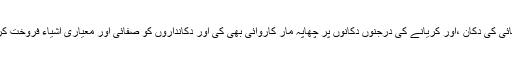
قائم مقام اسسٹنٹ کمشنر نے چھلت پائین مین مٹھائی کی دکان ،اور کریانے کی درجنوں دکانوں پر چھاپہ مار کاروائی بھی کی اور دکانداروں کو صفائی اور معیاری اشیاء فروخت کرنے کے حوالے سے خصوصی ہدیات بھی دیں ۔